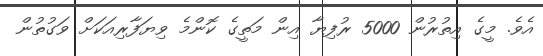
އެވެ. މީގެ އިތުރުން 5000 ރުފިޔާ އިން މަތީގެ ކޮންމެ ވިޔަފާރިއަކަށް ވަގުތުން